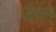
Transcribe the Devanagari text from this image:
जेव्ल